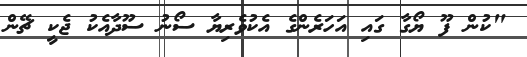
"ކުން ފޫ ޔޯގާ ގައި އަހަރެންގެ އެކުވެރިޔާ ސޯނު ސޫދާއެކު ޖެކީ ޗޭން